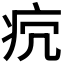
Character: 𤴺